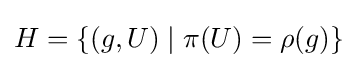
H=\{(g,U)\mid \pi (U)=\rho (g)\}